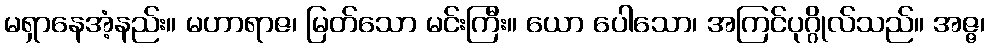
မရှာနေအံ့နည်း။ မဟာရာဇ၊ မြတ်သော မင်းကြီး။ ယော ပေါသော၊ အကြင်ပုဂ္ဂိုလ်သည်။ အဇ္ဇ၊